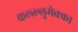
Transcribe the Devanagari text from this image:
कल्ल्लुमेक्का